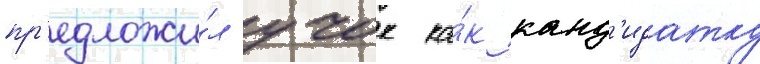
пр'едложи́л учок ка́к канд'идатку